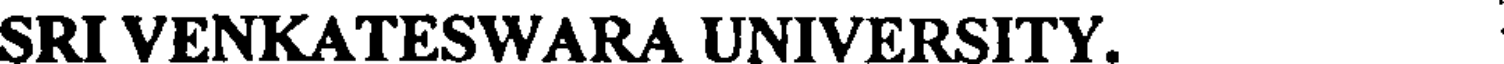
SRIVENKATESWARA UNIVERSITY.